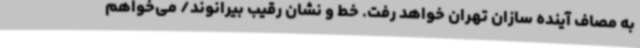
به مصاف آینده سازان تهران خواهد رفت. خط و نشان رقیب بیرانوند/ می‌خواهم